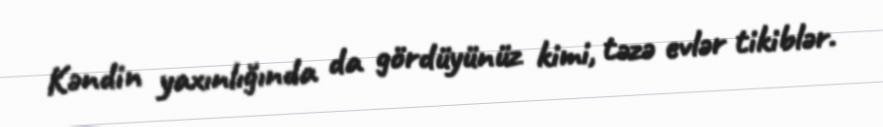
Kəndin yaxınlığında da gördüyünüz kimi, təzə evlər tikiblər.